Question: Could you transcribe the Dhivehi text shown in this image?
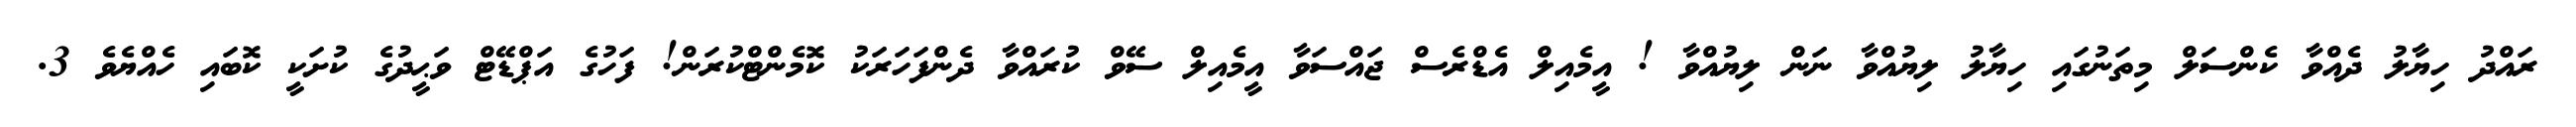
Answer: ރައްދު ހިޔާލު ދެއްވާ ކެންސަލް މިތަނުގައި ހިޔާލު ލިޔުއްވާ ނަން ލިޔުއްވާ ! އީމެއިލް އެޑްރެސް ޖައްސަވާ އީމެއިލް ސޭވް ކުރައްވާ ދެންފަހަރަކު ކޮމެންޓްކުރަން! ފަހުގެ އަޕްޑޭޓް ވަޙީދުގެ ކުށަކީ ކޮބައި ހެއްޔެވެ 3.